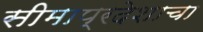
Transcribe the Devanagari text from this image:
सीमाप्रदेशाचा